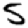
Digit: 5